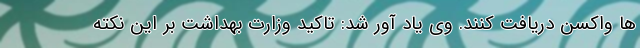
ها واکسن دریافت کنند. وی یاد آور شد: تاکید وزارت بهداشت بر این نکته